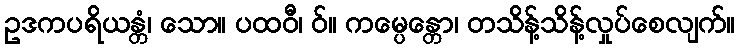
ဥဒကပရိယန္တံ၊ သော။ ပထဝီ၊ ဝ်။ ကမ္ပေန္တော၊ တသိန့်သိန့်လှုပ်စေလျက်။